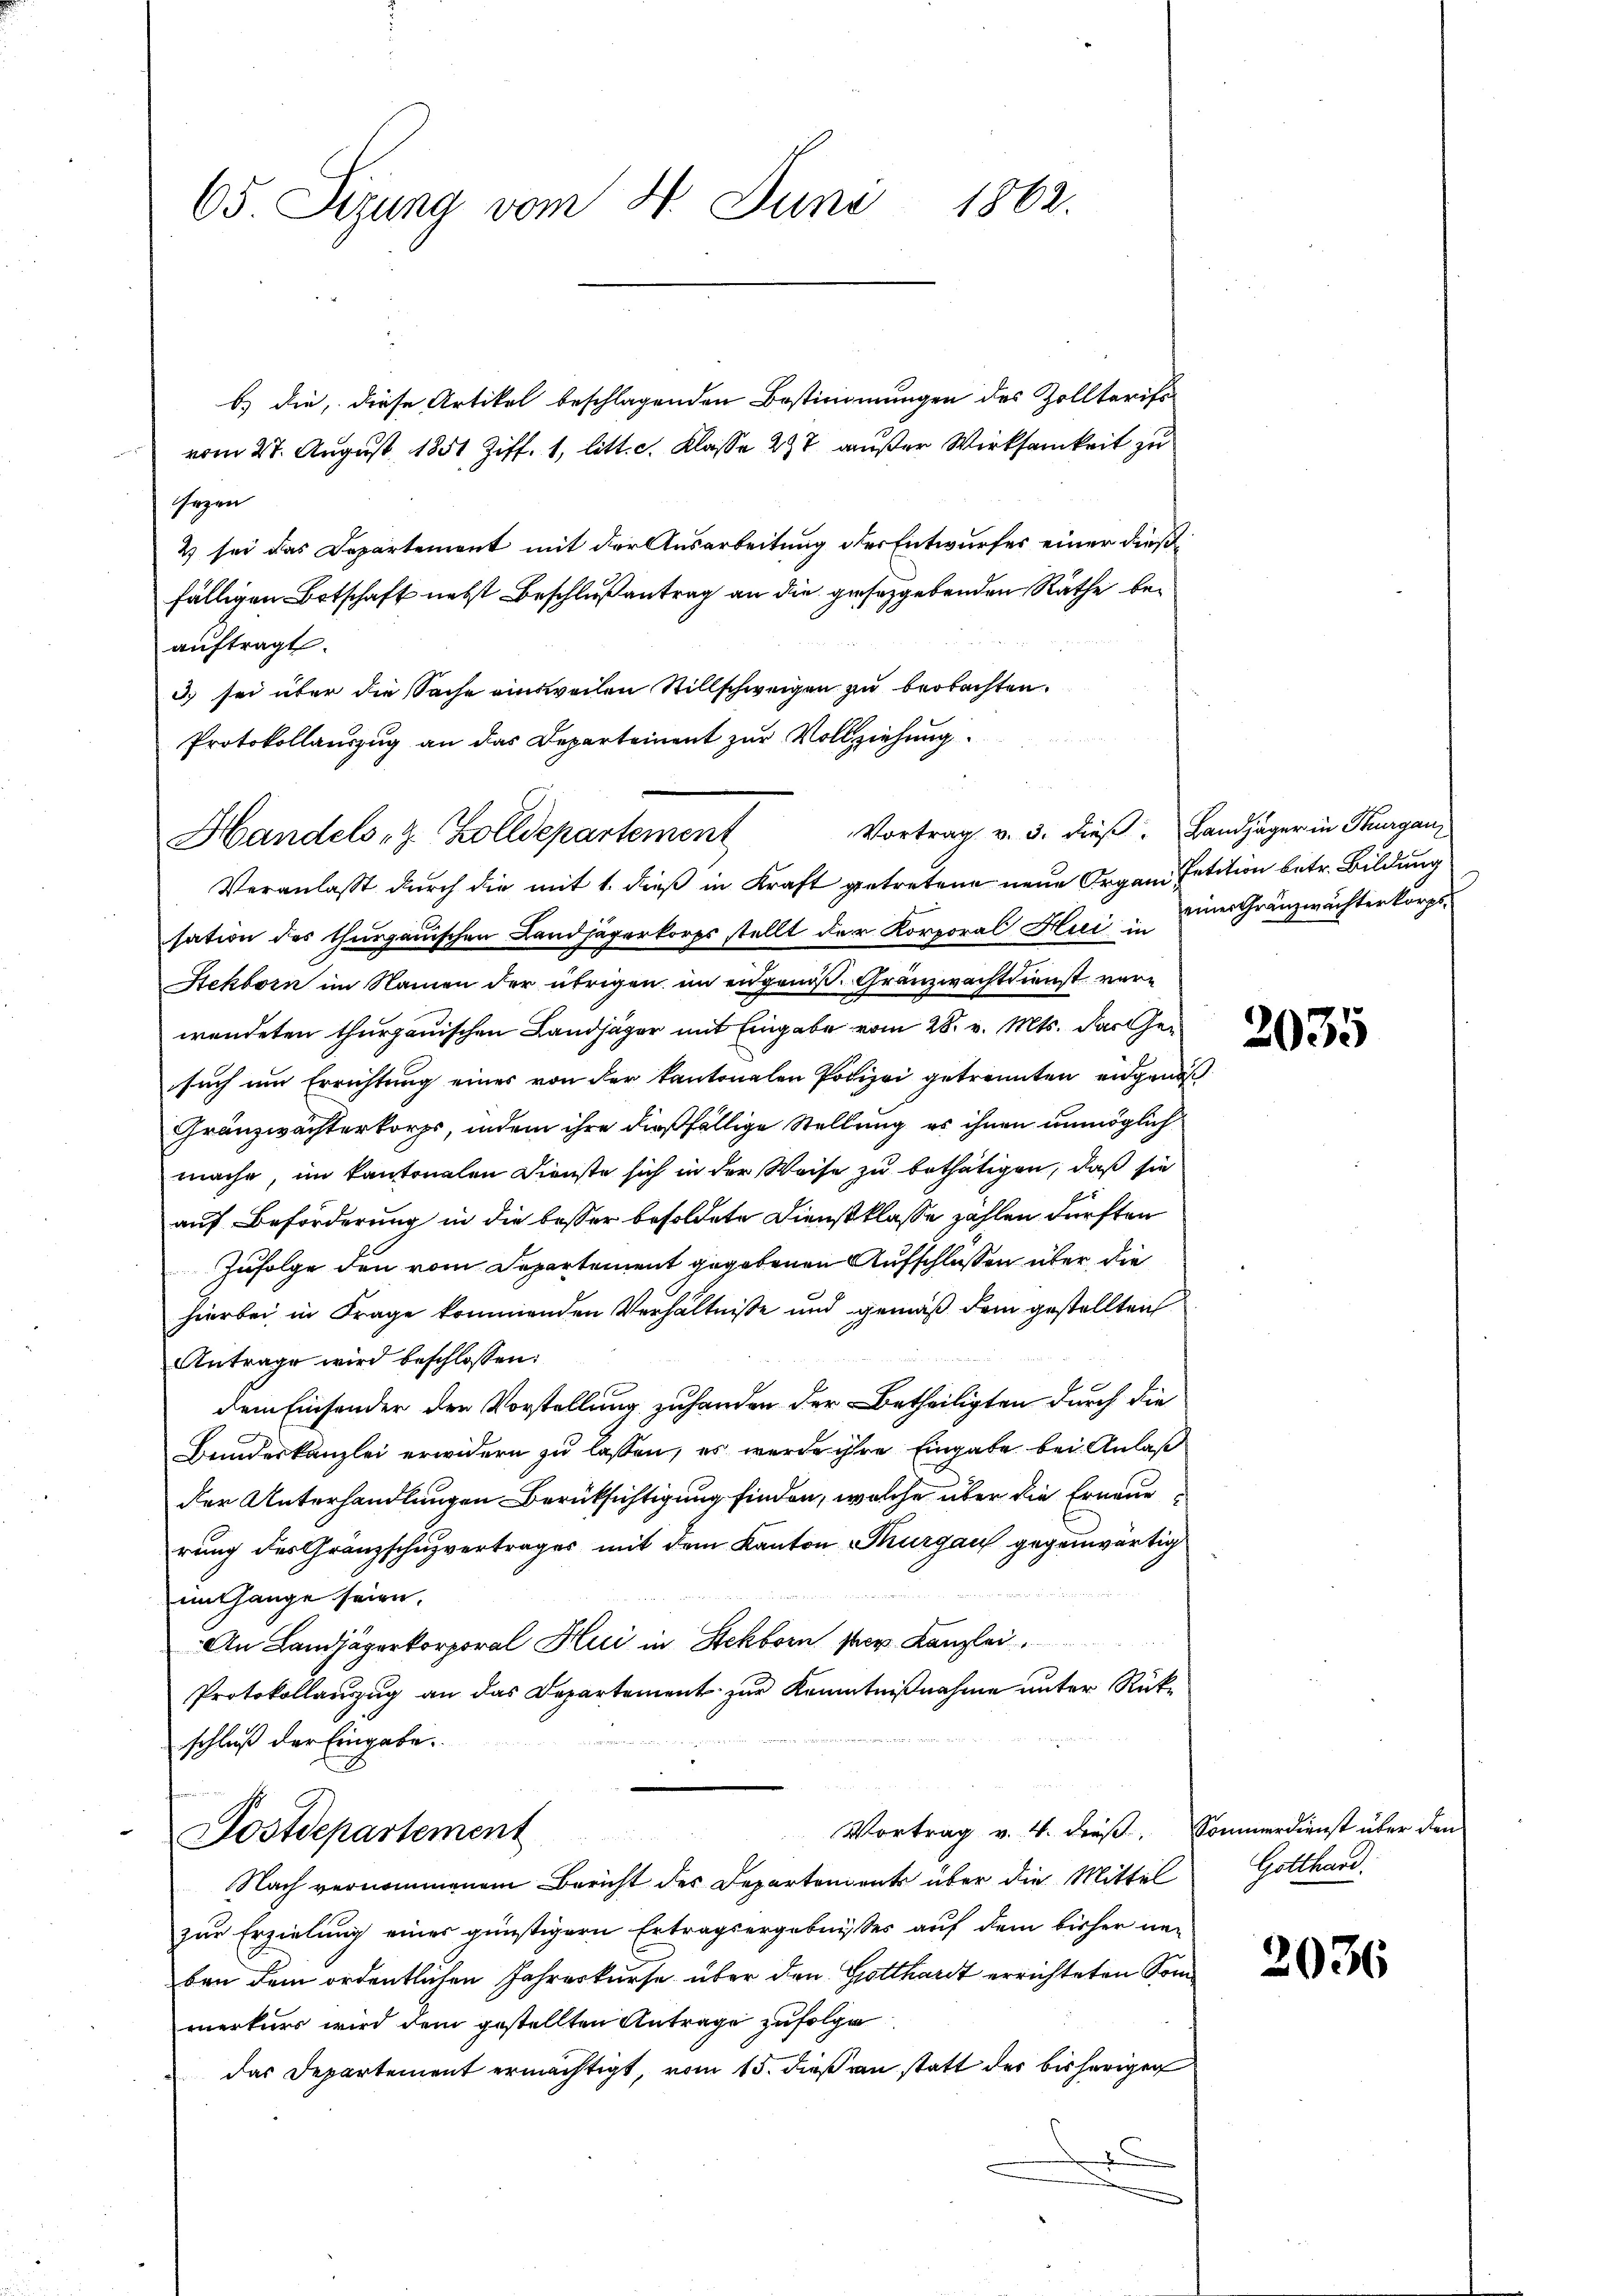
65. Sizung vom 4. Juni 1862.

b) die, diese Artikel beschlagenden Bestimmungen des Zolltarifs
vom 27. August 1851 Ziff. 1, litt. c. Klasse 27 außer Wirksamkeit zu
sezen
2 sei das Departement mit der Ausarbeitung der Entwurfes einer dießfälligen Ortschaft nebst Beschlußantrag an die geseggebenden Räthe beauftragt.
3) sei über die Sache ausweilen Stillschweigen zu beobachten.
Protokollauszug an das Departement zur Vollziehung.

Vortrag v. 3. dieβ. Landjäger in Thurgau
Handels, z. Zolldepartement
Veranlaßt durch die mit 1. dieß in Kraft getretene neue Organ. Petition betr. Bildung

sation des thurgauischen Landjägerkorps stellt der Korporal Hui in einer Gränzwächterkorps
Rekborn im Namen der übrigen im engenoß. Gränzwachtdienst verwendeten thurgauischen Landjäger mit Eingabe vom 28. v. Mts. das Gesuch um Errichtung eines von der kantonalen Polizei getrennten eidgenöß
Gränzwachterkorps, indem ihre dießfällige Stellung es ihnen unmöglich
mache, im Kantonalen Dienste sich in der Weise zu bethätigen, daß sie
auf Beförderung in die besser besoldete Dienstklasse zahlen dürften
Zufolge den vom Departement gegebenen Aufschlussen über die
hierbei in Frage kommenden Verhältniße und gemäß dem gestellten
Antrage wird beschlossen:
dem Einsonder den Vorstellung zuhanden der Betheiligten durch die
Bundeskanzlei erwidern zu lassen, es werde ihre Eingabe bei Anlaß
der Unterhandlungen Berücksichtigung finden, welche über die Erneue
rung des Gränzschuzvertrages mit dem Kanton Thurgau gegenwärtig
im Gange seien,
An Landjägerkorporal Hui in Steckborn prov. Kanzlei
Protokollauszug an das Departement zur Kenntnißnahme unter Rück¬
.
schluß der Eingabe.
Vortrag v. 4. dieß. Sommerdienst über den
Postdepartement
Nach vernommenem Bericht des Departements über die Mittel
zur Erzielung eines günstigern Ertragsergebnisses auf dem bisher ne-
ben dem ordentlichen Jahreskurse über den Gotthardt errichteten Sommerkurs wird dem gestellten Antrage zufolge
das Departement ermächtigt, vom 15. dieß an statt der bisherigen

2035

Gotthard.

2036